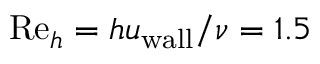
\mathrm { R e } _ { h } = h u _ { \mathrm { w a l l } } / \nu = 1 . 5